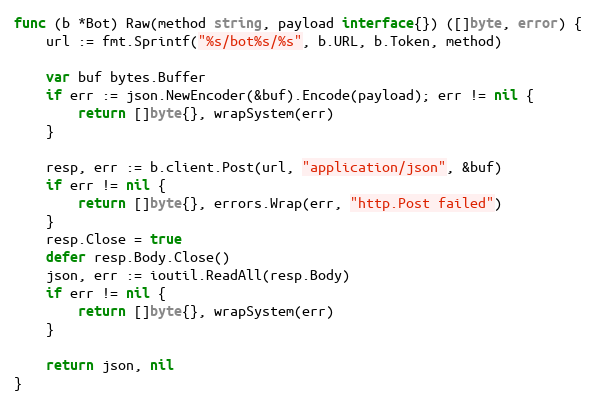
Language: Go
func (b *Bot) Raw(method string, payload interface{}) ([]byte, error) {
	url := fmt.Sprintf("%s/bot%s/%s", b.URL, b.Token, method)

	var buf bytes.Buffer
	if err := json.NewEncoder(&buf).Encode(payload); err != nil {
		return []byte{}, wrapSystem(err)
	}

	resp, err := b.client.Post(url, "application/json", &buf)
	if err != nil {
		return []byte{}, errors.Wrap(err, "http.Post failed")
	}
	resp.Close = true
	defer resp.Body.Close()
	json, err := ioutil.ReadAll(resp.Body)
	if err != nil {
		return []byte{}, wrapSystem(err)
	}

	return json, nil
}